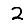
Digit: 2